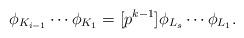
LaTeX: \begin{align*}\phi_{K_{i-1}} \cdots \phi_{K_1} = [p^{k-1}]\phi_{L_s} \cdots \phi_{L_1}.\end{align*}